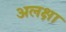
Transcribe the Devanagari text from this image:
अलक्षा